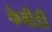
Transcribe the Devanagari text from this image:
केबीडी